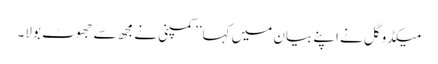
میکڈوگل نے اپنے بیان میں کہا’’کمپنی نے مجھ سے جھوٹ بولا۔